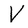
Character: V